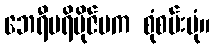
ဘေရီပရိဗိုဇ်မက စုံစမ်းပုံ။